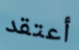
أعتقد